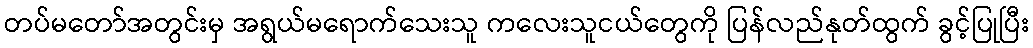
တပ်မတော်အတွင်းမှ အရွယ်မရောက်သေးသူ ကလေးသူငယ်တွေကို ပြန်လည်နုတ်ထွက် ခွင့်ပြုပြီး